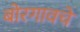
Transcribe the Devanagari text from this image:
बोरगावचे